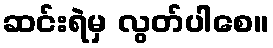
ဆင်းရဲမှ လွတ်ပါစေ။